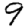
Digit: 9